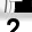
Digit: 2